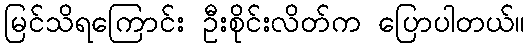
မြင်သိရကြောင်း ဦးစိုင်းလိတ်က ပြောပါတယ်။